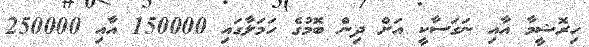
ހިރޮޝީމާ އާއި ނަގަސާކީ އަށް ދިން ބޮމުގެ ހަމަލާގައި 150000 އާއި 250000